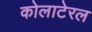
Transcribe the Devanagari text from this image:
कोलाटेरल